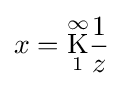
x={\underset {1}{\overset {\infty }{\mathrm {K} }}}{\frac {1}{z}}